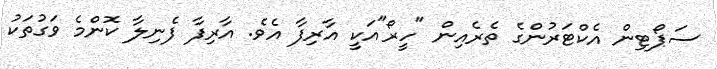
ސަޕޯޓިން އެކްޓަރުންގެ ތެރެއިން "ހީރޯ"އަކީ އާރިފާ އެވެ. އާރިފާ ފެނިލާ ކޮންމެ ވަގުތަކު